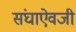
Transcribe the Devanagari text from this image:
संघाऐवजी